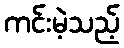
ကင်းမဲ့သည့်